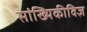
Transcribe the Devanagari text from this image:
सांख्यिकीविज्ञ